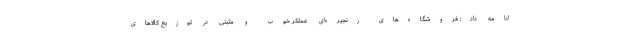
ادامه داد: فروشگاه‌های رنجیره­ای عملکر خوب و مثبتی در توزیع کالاهای